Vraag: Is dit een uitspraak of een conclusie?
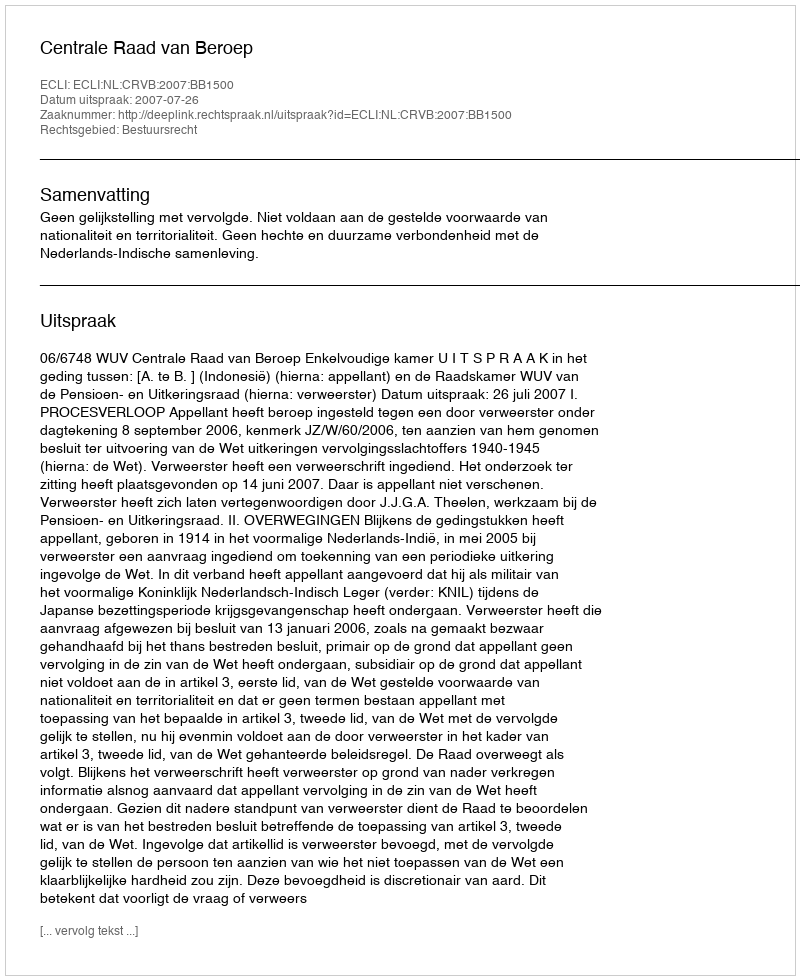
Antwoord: Uitspraak